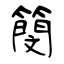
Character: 簢